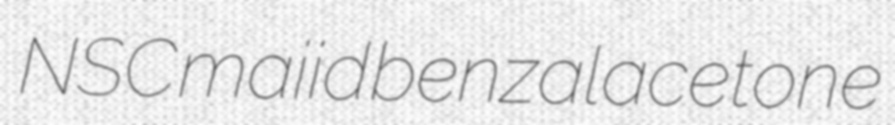
NSC maiid benzalacetone